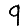
Digit: 9